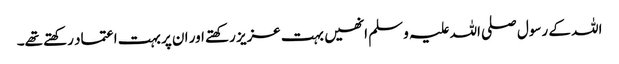
اللہ کے رسول صلی اللہ علیہ و سلم انھیں بہت عزیز رکھتے اور ان پر بہت اعتماد رکھتے تھے۔